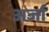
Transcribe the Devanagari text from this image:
अर्जा